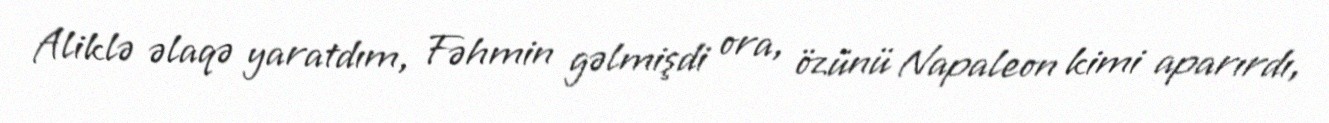
Aliklə əlaqə yaratdım, Fəhmin gəlmişdi ora, özünü Napaleon kimi aparırdı,